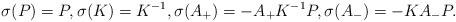
\begin{align*} \sigma(P)=P,\sigma(K)=K^{-1},\sigma(A_{+})=-A_{+}K^{-1}P,\sigma(A_{-})=-K A_{-}P.\end{align*}